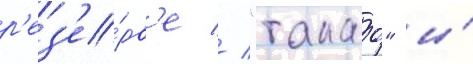
р'ез'е́рв'е // "такао" и́